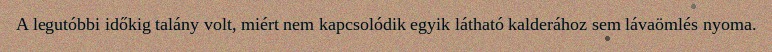
A legutóbbi időkig talány volt, miért nem kapcsolódik egyik látható kalderához sem lávaömlés nyoma.